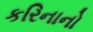
કરિનાનો